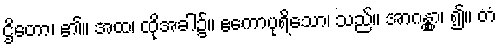
ဌိတော၊ ၏။ အထ၊ ထိုအခါ၌။ ဧကောပုရိသော၊ သည်။ အာဂန္တွာ၊ ၍။ တံ